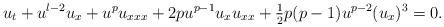
LaTeX: \begin{align*}u_t + u^{l-2}u_x + u^p u_{xxx} + 2 pu^{p-1}u_x u_{xx} + \tfrac{1}{2}p(p-1)u^{p-2}(u_x)^3 = 0.\end{align*}